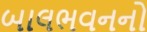
બાલભવનનો